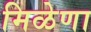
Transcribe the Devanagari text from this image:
मिळेणा